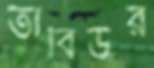
তাবিউর